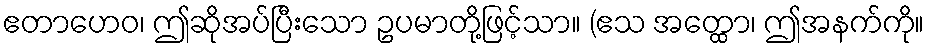
ဧတာဟေဝ၊ ဤဆိုအပ်ပြီးသော ဥပမာတို့ဖြင့်သာ။ (ဧသ အတ္ထော၊ ဤအနက်ကို။